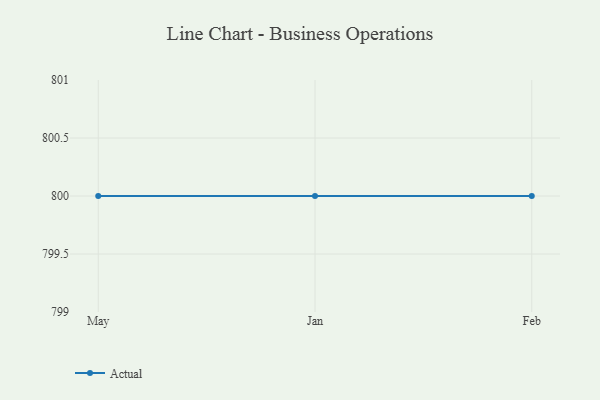
{"axis": {"x": "Month", "y": "Population (Million)"}, "legend": ["Actual"], "data": [{"x": "May", "y": 800, "type": "Actual"}, {"x": "Jan", "y": 800, "type": "Actual"}, {"x": "Feb", "y": 800, "type": "Actual"}]}